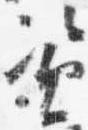
資